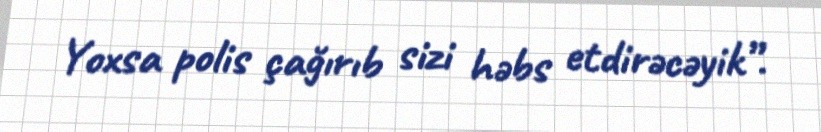
Yoxsa polis çağırıb sizi həbs etdirəcəyik”.